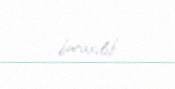
buraxılıb.